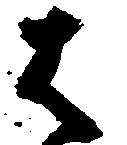
は